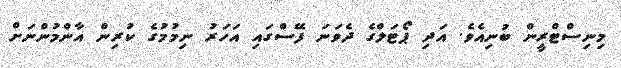
މިނިސްޓްރީން ބުނިއެވެ. އަދި ޕޯޓަލްގެ ދެވަނަ ފޭސްގައި އަހަރު ނިމުމުގެ ކުރިން އާންމުންނަށް